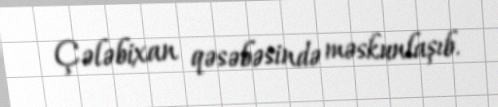
Çələbixan qəsəbəsində məskunlaşıb.